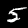
Digit: 5